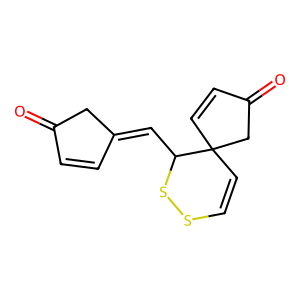
SMILES: O=C1C=CC(=CC2SSC=CC23C=CC(=O)C3)C1
Inhibits HIV replication: No